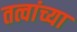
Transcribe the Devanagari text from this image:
तत्वांच्या